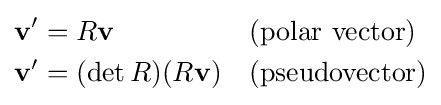
{\begin{aligned}\mathbf {v} '&=R\mathbf {v} &&{\text{(polar vector)}}\\\mathbf {v} '&=(\det R)(R\mathbf {v} )&&{\text{(pseudovector)}}\end{aligned}}